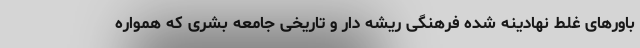
باورهای غلط نهادینه شده فرهنگی ریشه دار و تاریخی جامعه بشری که همواره